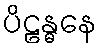
ပိဠန္ဓနေ